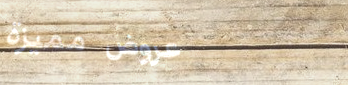
عروض مميزة